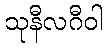
သုနီလဂီဝါ